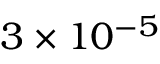
3 \times 1 0 ^ { - 5 }